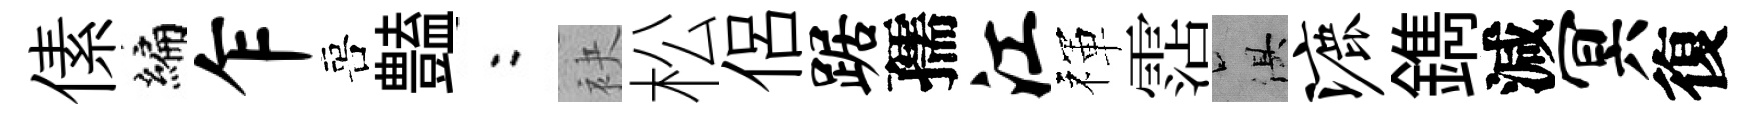
傃编乍喜𧰟欸袂松侶踞孺江禈霑俱漉鐫減冥復